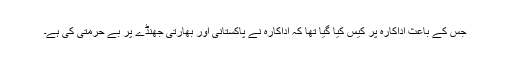
جس کے باعث اداکارہ پر کیس کیا گیا تھا کہ اداکارہ نے پاکستانی اور بھارتی جھنڈے پر بے حرمتی کی ہے۔